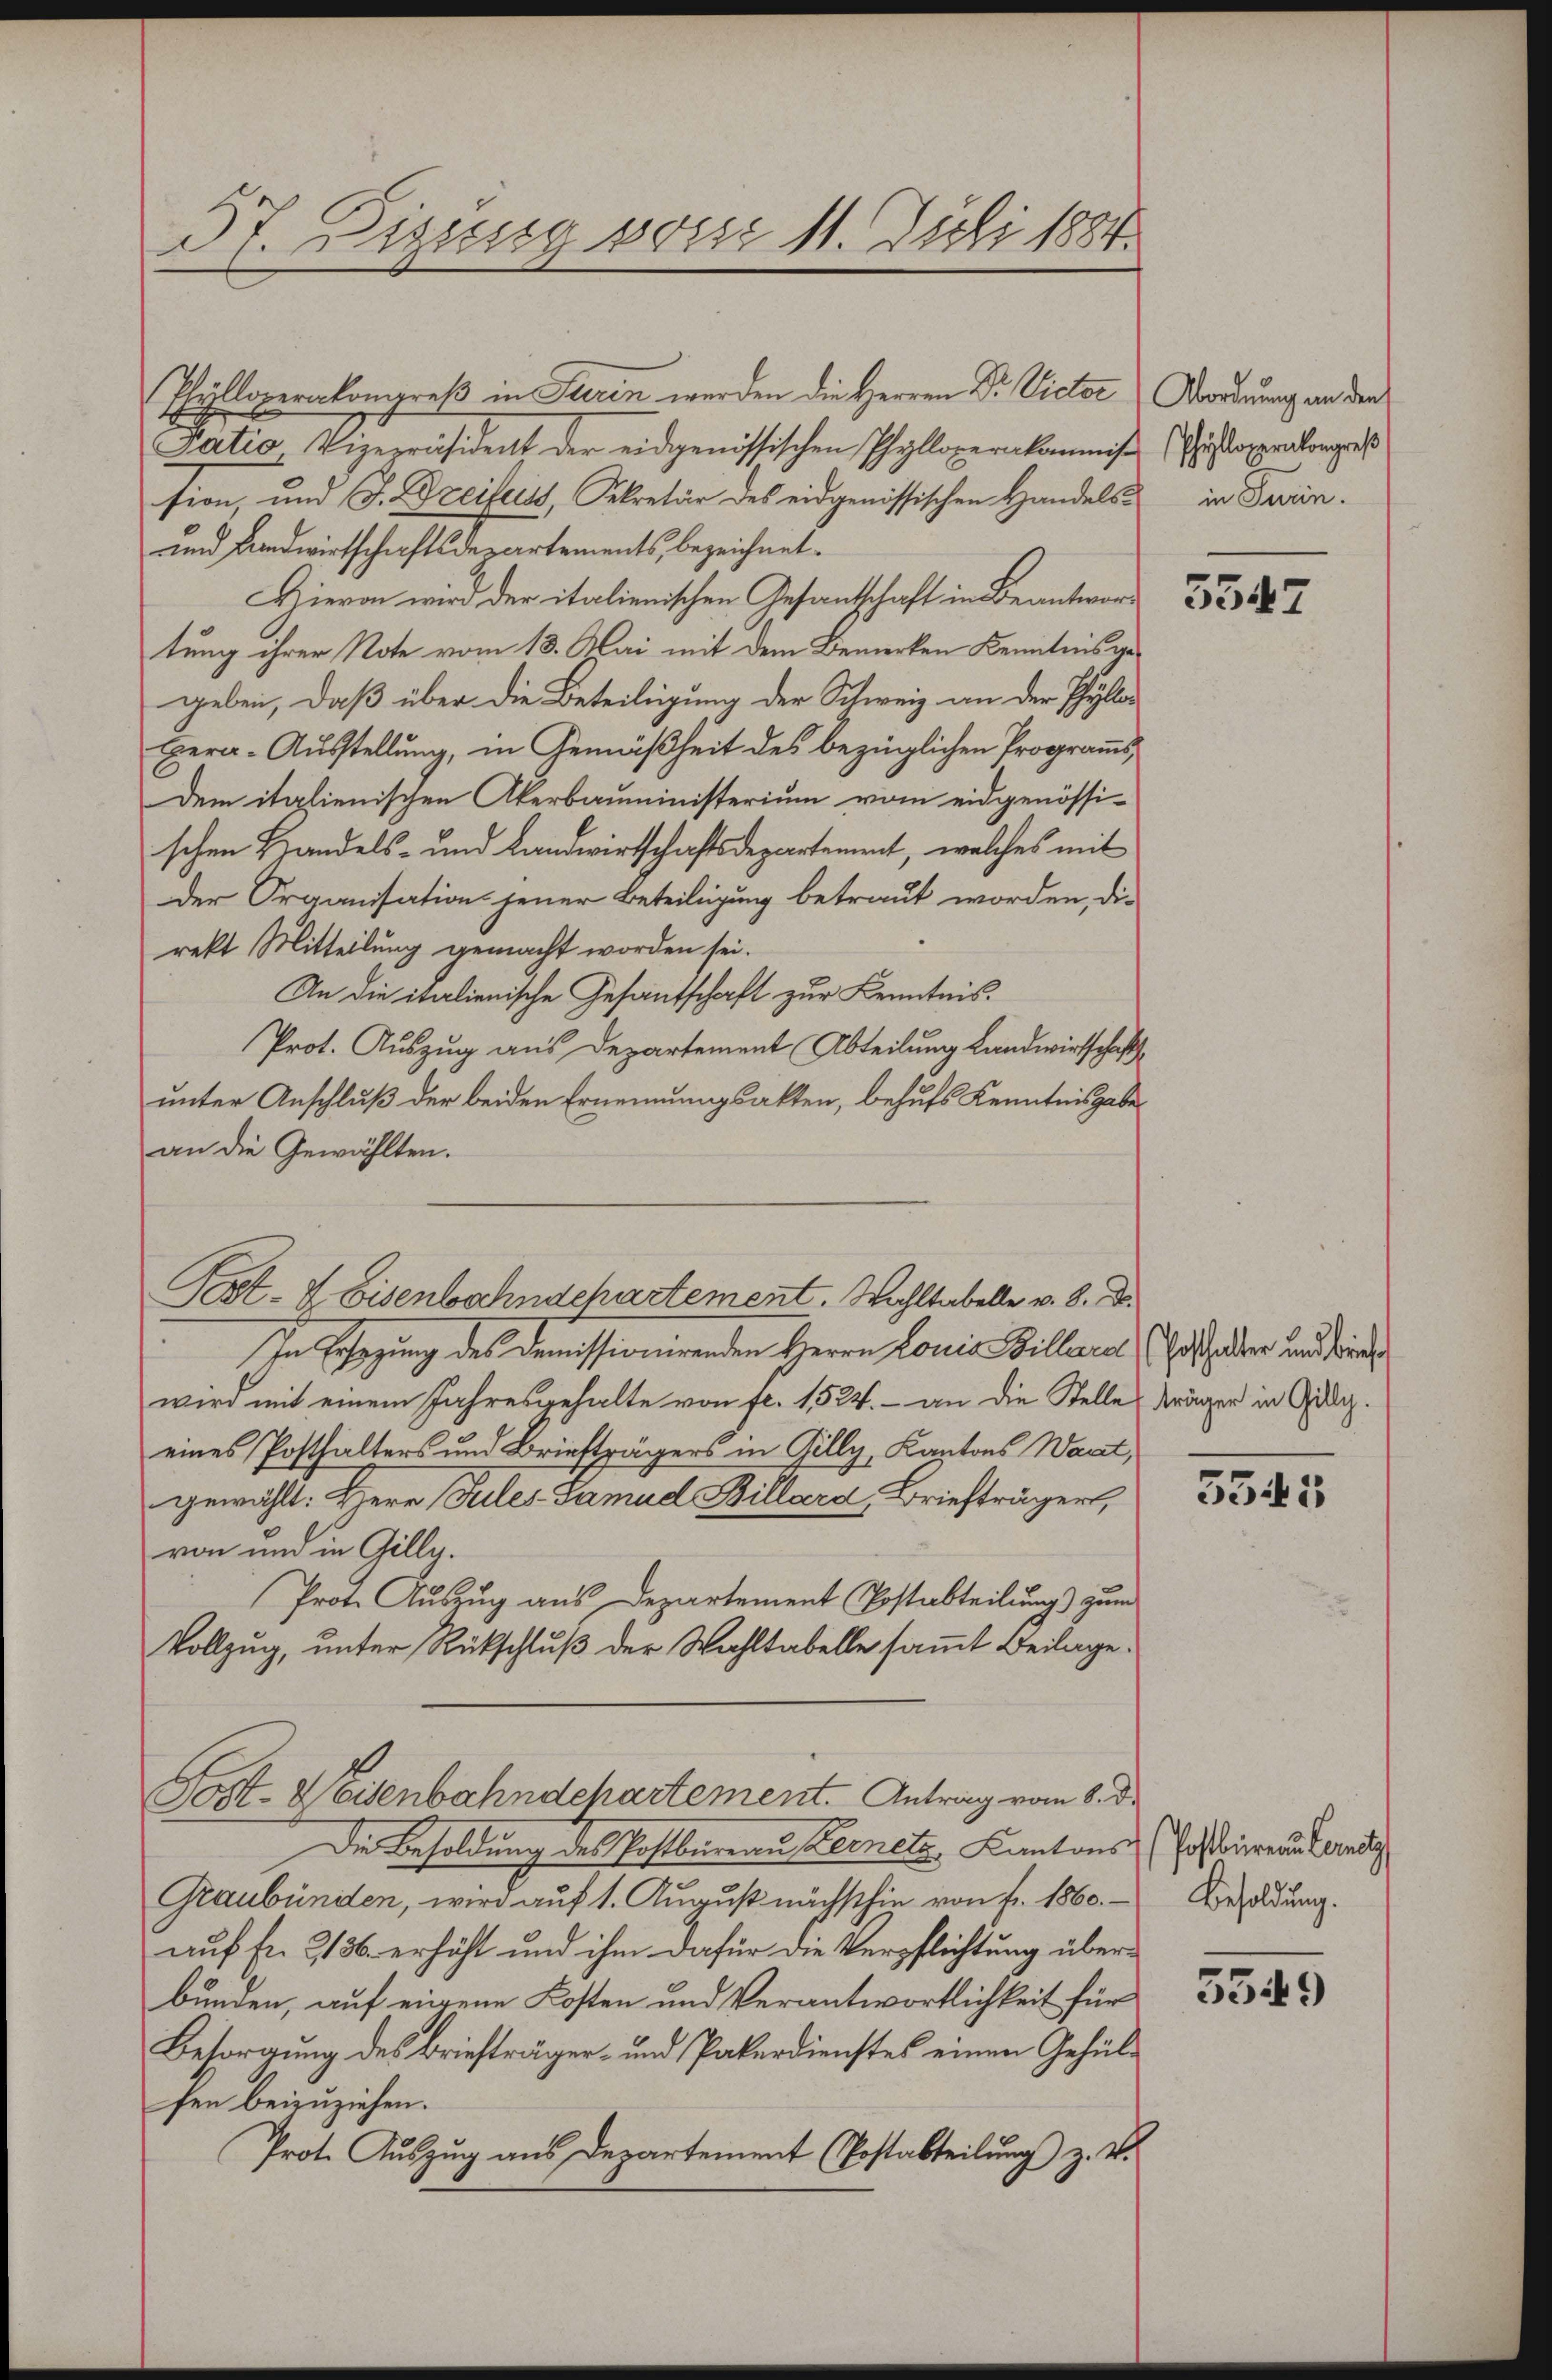
6
37. Dizung von 11. Juli 1884.

Phylloperakongreß in Turin werden die Herren Dr. Victor Bordnung an der
Tatio Vizepräsident der eidgenössischen Phylloperakommis (Christorprolongreß
sion, und J. Dreifers, Sekretär des eidgenössischen Handels in Fran¬
und Landwirtschaftsdepartements, bezeichnet.
Hievon wird der italienischen Gesandschaft in Beantwortung ihrer Note vom 13. Mai mit dem Bemerken Kenntnis gegeben, daß über die Beteiligung der Schweiz an der Phyllor
Hera-Aŭsstellŭng, in Gemäßheit des bezüglichen Programms
dem italienischen Akerbauministerium vom eidgenössi-
schen Handels- und Landwirtschaftsdepartement, welches mit
der Organisation jener Beteiligung betraut worden, die
rekt Mitteilung gemacht worden sei.
An die italienische Gesantschaft zur Kenntnis.
Prot. Auszug aus Departement Abteilung Landwirtschaft
unter Anschluß der beiden Ernennungsakten, behufs Kenntnisgabe
an die Gewählten.
Pest- & Eisenbahndepartement. Wahltabelle v. 8. d.
In Ersezung des Demissionirenden Herrn Louis Billara Er halter und die
wird mit einem Jahresgehalte von fl. 1524.- an die Stelle träger in Gelig.
eines Posthalters und Briefträgers in Gilly, Kantons Waat,
gewählt: Herr Sules Famud Billard, Briefträger,
von und in Gilly.
Prote Auszug aus Departement Postabteilung) zum
Vollzug, unter Rückschluß der Wahltabelle sammt Beilage.
Post- Weisenbahndchartement. Antrag vom 8. d.
Die Besoldung des Postbureau Kernetz, Kantons
Graubünden, wird auf 1. August nächsthin von fr. 1860.
auf fr. 2136. erhöht und ihm dafür die Verpflichtung überbunden, auf einen Kosten und Verantwortlichkeit für
Besorgung des Briefträger- und Paterdienstes einen Gehülfen beizuziehen.
Prot. Auszug aus Departement (Postabteilung z. V.

3547

5545

(Poftbiren Concl
Besoldung.

5549